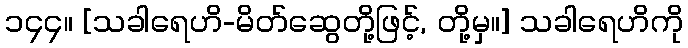
၁၄၄။ [သခါရေဟိ-မိတ်ဆွေတို့ဖြင့်, တို့မှ။] သခါရေဟိကို